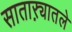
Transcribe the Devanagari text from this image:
साताऱ्यातले